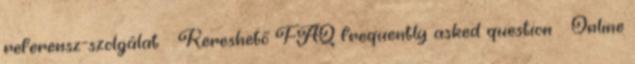
referensz-szolgálat  Kereshető FAQ frequently asked question  Online